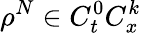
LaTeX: \rho^{N}\in C_{t}^{0}C_{x}^{k}